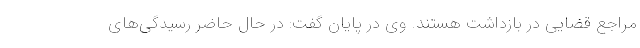
مراجع قضایی در بازداشت هستند. وی در پایان گفت: در حال حاضر رسیدگی‌های